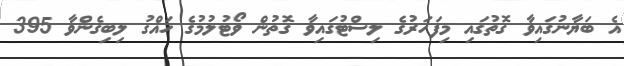
އެ ބަޔާނުގައިވާ ގޮތުގައި މިފަހަރުގެ ލިސްޓުގައިވާ ގޮތުން ވޯޓުލުމުގެ ހައްގު ލިބިގެންވާ 395